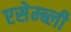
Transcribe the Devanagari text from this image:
एसेम्ब्ली